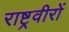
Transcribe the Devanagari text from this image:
राष्ट्रवीरों